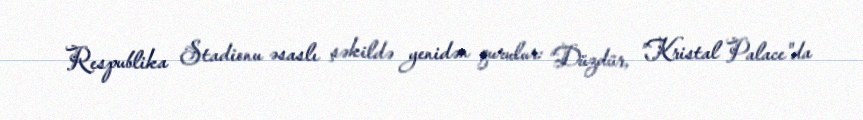
Respublika Stadionu əsaslı şəkildə yenidən qurulur: “Düzdür, ”Kristal Palace"da